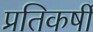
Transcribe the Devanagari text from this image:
प्रतिकर्षी